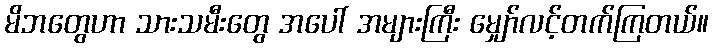
မိဘတွေဟာ သားသမီးတွေ အပေါ် အများကြီး မျှော်လင့်တက်ကြတယ်။